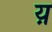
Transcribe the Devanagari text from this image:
य़